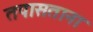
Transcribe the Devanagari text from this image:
तपासताना